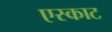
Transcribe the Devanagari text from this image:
एस्काट